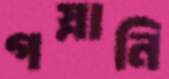
গস্নানি